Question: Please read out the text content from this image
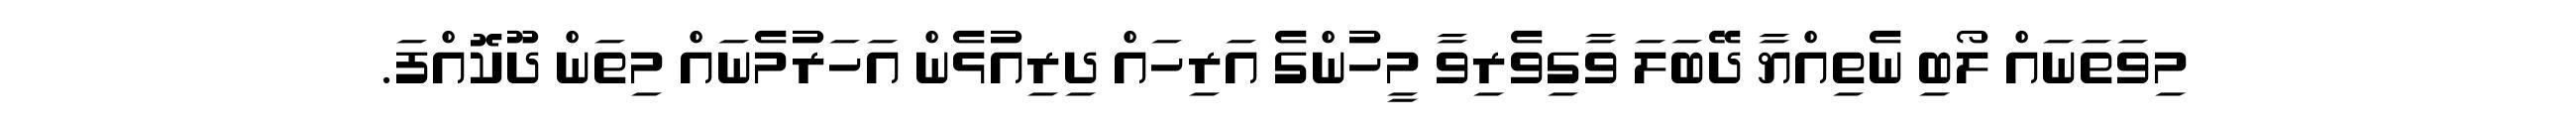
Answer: މިވަތަނައް ލޯބި ނެތިއްޔާ ދޭބަލަ ވާގިވެރިވާ މީހުންގެ އަރިހައް ދިރިއުޅެން އަހަރުމެނައް މިތަން ދޫކޮއްފަ.